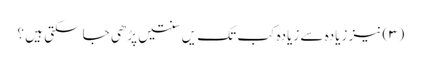
(۳) نیز زیادہ سے زیادہ کب تک یں سنتیں پڑھی جا سکتی ہیں ؟